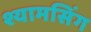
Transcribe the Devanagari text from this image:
श्यामसिंग